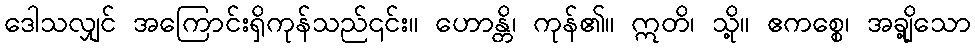
ဒေါသလျှင် အကြောင်းရှိကုန်သည်၎င်း။ ဟောန္တိ၊ ကုန်၏။ ဣတိ၊ သို့။ ဧကစ္စေ၊ အချို့သော